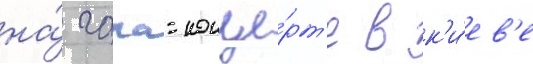
на́ гала-конце́рт'е в к'и́ев'е